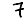
Digit: 7